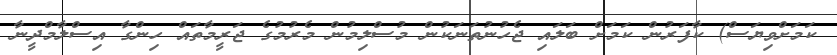
ކަމަށްވިޔަސް) ކާފަރުން ކަމަށް ބަލައި ޖެހުނުތަނަކުން މުސްލިމުން މެރުމުގެ ޖަރީމާތައް ހިންގާ އިސްލާމްދީނާ